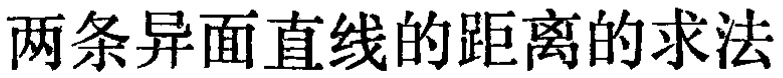
两条异面直线的距离的求法